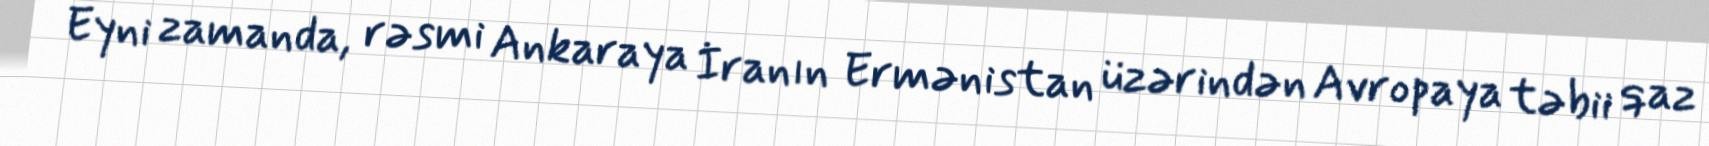
Eyni zamanda, rəsmi Ankaraya İranın Ermənistan üzərindən Avropaya təbii qaz